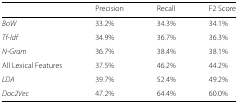
<table><thead><tr><td></td><td><b>Precision</b></td><td><b>Recall</b></td><td><b>F2 Score</b></td></tr></thead><tbody><tr><td><i>BoW</i></td><td>33.2%</td><td>34.3%</td><td>34.1%</td></tr><tr><td><i>Tf-Idf</i></td><td>34.9%</td><td>36.7%</td><td>36.3%</td></tr><tr><td><i>N-Gram</i></td><td>36.7%</td><td>38.4%</td><td>38.1%</td></tr><tr><td>All Lexical Features</td><td>37.5%</td><td>46.2%</td><td>44.2%</td></tr><tr><td><i>LDA</i></td><td>39.7%</td><td>52.4%</td><td>49.2%</td></tr><tr><td><i>Doc2Vec</i></td><td>47.2%</td><td>64.4%</td><td>60.0%</td></tr></tbody></table>